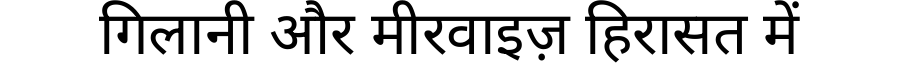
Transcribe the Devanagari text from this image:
गिलानी और मीरवाइज़ हिरासत में